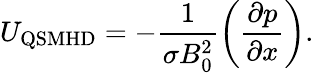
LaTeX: U_{\mathrm{QSMHD}}=-\frac{1}{\sigma B_{0}^{2}}\left(\frac{\partial p}{\partial x}\right).